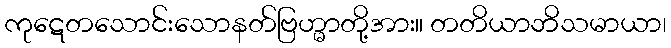
ကုဋေတသောင်းသောနတ်ဗြဟ္မာတို့အား။ တတိယာဘိသမာယာ၊